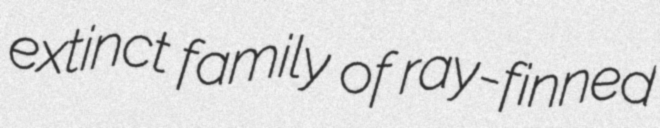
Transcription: extinct family of ray-finned